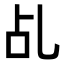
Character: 乩